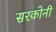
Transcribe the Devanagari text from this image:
सरकोनी